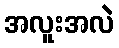
အလူးအလဲ